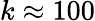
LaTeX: k\approx 100